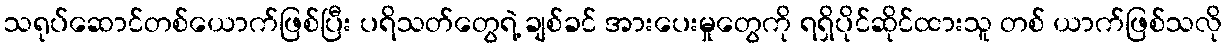
သရုပ်ဆောင်တစ်ယောက်ဖြစ်ပြီး ပရိသတ်တွေရဲ့ ချစ်ခင် အားပေးမှုတွေကို ရရှိပိုင်ဆိုင်ထားသူ တစ် ယာက်ဖြစ်သလို